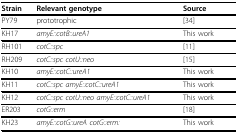
| Strain | Relevant genotype | Source |
 | --- | --- | --- |
 | PY79 | prototrophic | [34] |
 | KH17 | amyE::cotB::ureA1 | This work |
 | RH101 | cotC::spc | [11] |
 | RH209 | cotC::spc cotU::neo | [15] |
 | KH10 | amyE::cotC::ureA1 | This work |
 | KH11 | cotC::spc amyE::cotC::ureA1 | This work |
 | KH12 | cotC::spc cotU::neo amyE::cotC::ureA1 | This work |
 | ER203 | cotG::erm | [18] |
 | KH23 | amyE::cotG::ureA cotG::erm: | This work |